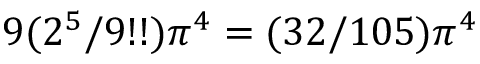
9 ( 2 ^ { 5 } / 9 ! ! ) \pi ^ { 4 } = ( 3 2 / 1 0 5 ) \pi ^ { 4 }